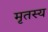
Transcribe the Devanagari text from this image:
मृतस्य